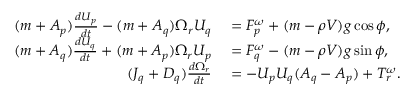
\begin{array} { r l } { ( m + A _ { p } ) \frac { d U _ { p } } { d t } - ( m + A _ { q } ) \Omega _ { r } U _ { q } } & { { } = F _ { p } ^ { \omega } + ( m - \rho V ) g \cos \phi , } \\ { ( m + A _ { q } ) \frac { d U _ { q } } { d t } + ( m + A _ { p } ) \Omega _ { r } U _ { p } } & { { } = F _ { q } ^ { \omega } - ( m - \rho V ) g \sin \phi , } \\ { ( J _ { q } + D _ { q } ) \frac { d \Omega _ { r } } { d t } } & { { } = - U _ { p } U _ { q } ( A _ { q } - A _ { p } ) + T _ { r } ^ { \omega } . } \end{array}